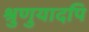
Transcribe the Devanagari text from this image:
श्रुणुयादपि